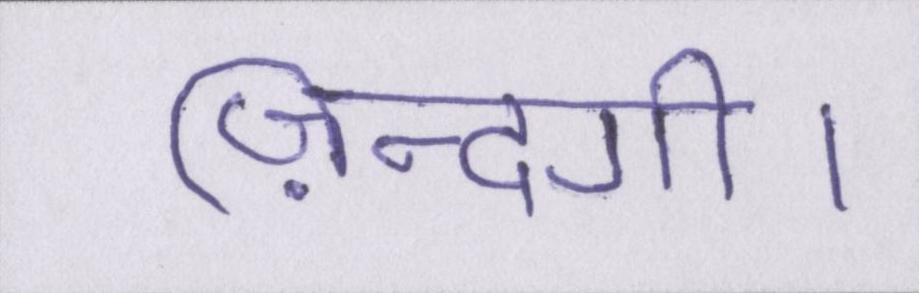
ज़िन्दगी।